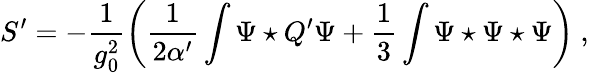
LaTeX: S^{\prime}=-\frac{1}{g_{0}^{2}}\left(\frac{1}{2\alpha^{\prime}}\int\Psi\star Q^{\prime}\Psi+\frac{1}{3}\int\Psi\star\Psi\star\Psi\right)\ ,